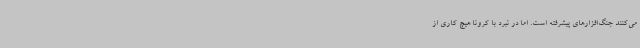
می‌کنند جنگ‌افزارهای پیشرفته است. اما در نبرد با کرونا هیچ‌ کاری از